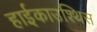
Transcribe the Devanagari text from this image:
हाईकाउश्थिस